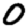
Digit: 0